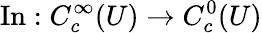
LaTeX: \operatorname{In}:C_{c}^{\infty}(U)\to C_{c}^{0}(U)